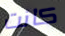
كانت